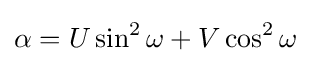
\alpha =U\sin ^{2}\omega +V\cos ^{2}\omega